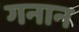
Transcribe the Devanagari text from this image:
गनान